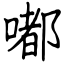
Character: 嘟